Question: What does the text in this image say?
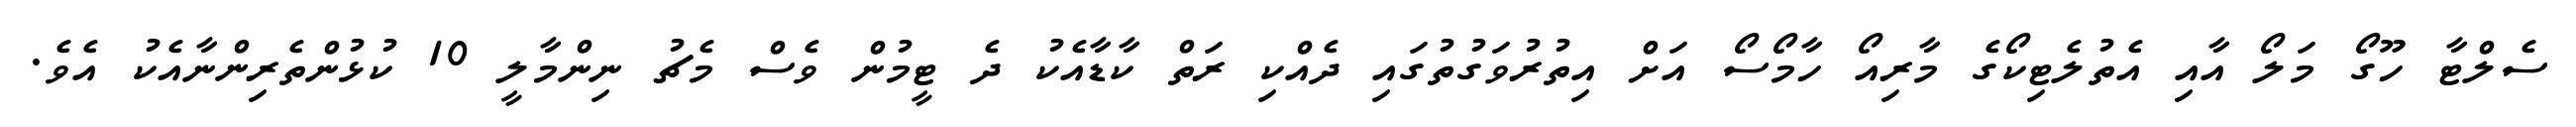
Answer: ސެލްޓާ ހޫގޯ މަލޯ އާއި އެތުލެޓިކޯގެ މާރިއޯ ހާމޯސޯ އަށް އިތުރުވަގުތުގައި ދެއްކި ރަތް ކާޑާއެކު ދެ ޓީމުން ވެސް މެޗު ނިންމާލީ 10 ކުޅުންތެރިންނާއެކު އެވެ.